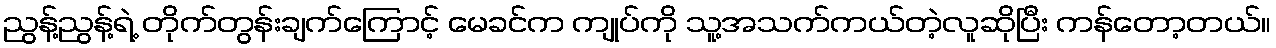
ညွန့်ညွန့်ရဲ့ တိုက်တွန်းချက်ကြောင့် မေခင်က ကျုပ်ကို သူ့အသက်ကယ်တဲ့လူဆိုပြီး ကန်တော့တယ်။